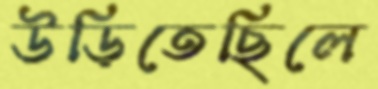
উড়িতেছিলে